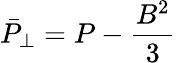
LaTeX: \bar{P}_{\perp}=P-\frac{{B}^{2}}{3}